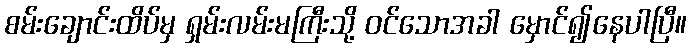
စမ်းချောင်းထိပ်မှ ရှမ်းလမ်းမကြီးသို့ ဝင်သောအခါ မှောင်၍နေပါပြီ။